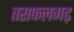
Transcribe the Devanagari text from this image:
तराफलगढ़